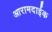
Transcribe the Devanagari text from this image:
आरामदाईक